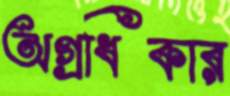
অগ্রধিকার